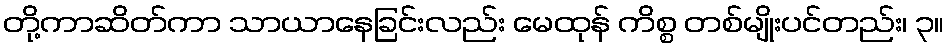
တို့ကာဆိတ်ကာ သာယာနေခြင်းလည်း မေထုန် ကိစ္စ တစ်မျိုးပင်တည်း၊ ၃။